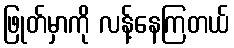
ဖြုတ်မှာကို လန့်နေကြတယ်